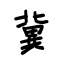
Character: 冀